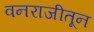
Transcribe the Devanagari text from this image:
वनराजीतून